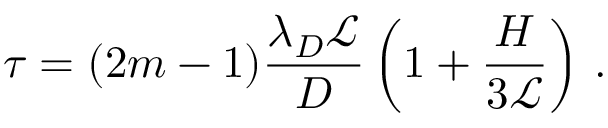
\tau = ( 2 m - 1 ) \frac { \lambda _ { D } \mathcal { L } } { D } \left( 1 + \frac { H } { 3 \mathcal { L } } \right) \, .